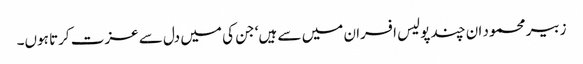
زبیر محمود ان چند پولیس افسران میں سے ہیں‘ جن کی میں دل سے عزت کرتا ہوں۔